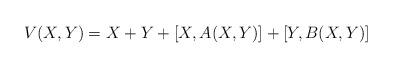
LaTeX: \begin{align*}V(X,Y)=X+Y+[X,A(X,Y)]+[Y,B(X,Y)]\end{align*}